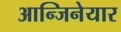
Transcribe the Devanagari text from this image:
आन्जिनेयार